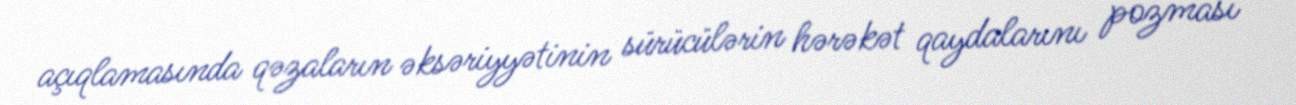
açıqlamasında qəzaların əksəriyyətinin sürücülərin hərəkət qaydalarını pozması